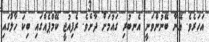
އަހަރެވެ. އޭނާ ބޭނުންވަނީ އެނބުރި ގައުމަށް ދާށެވެ. ރެފިއުޖީ ކޭމްޕެއްގައި ބިކަ ހާލުގައި